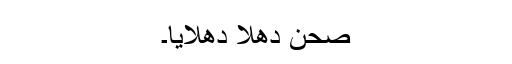
صحن دھلا دھلایا۔